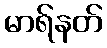
မာရ်နတ်